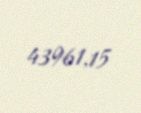
43961,15